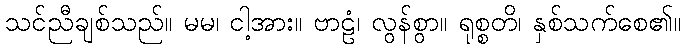
သင်ညီချစ်သည်။ မမ၊ ငါ့အား။ ဗာဠံ၊ လွန်စွာ။ ရုစ္စတိ၊ နှစ်သက်စေ၏။